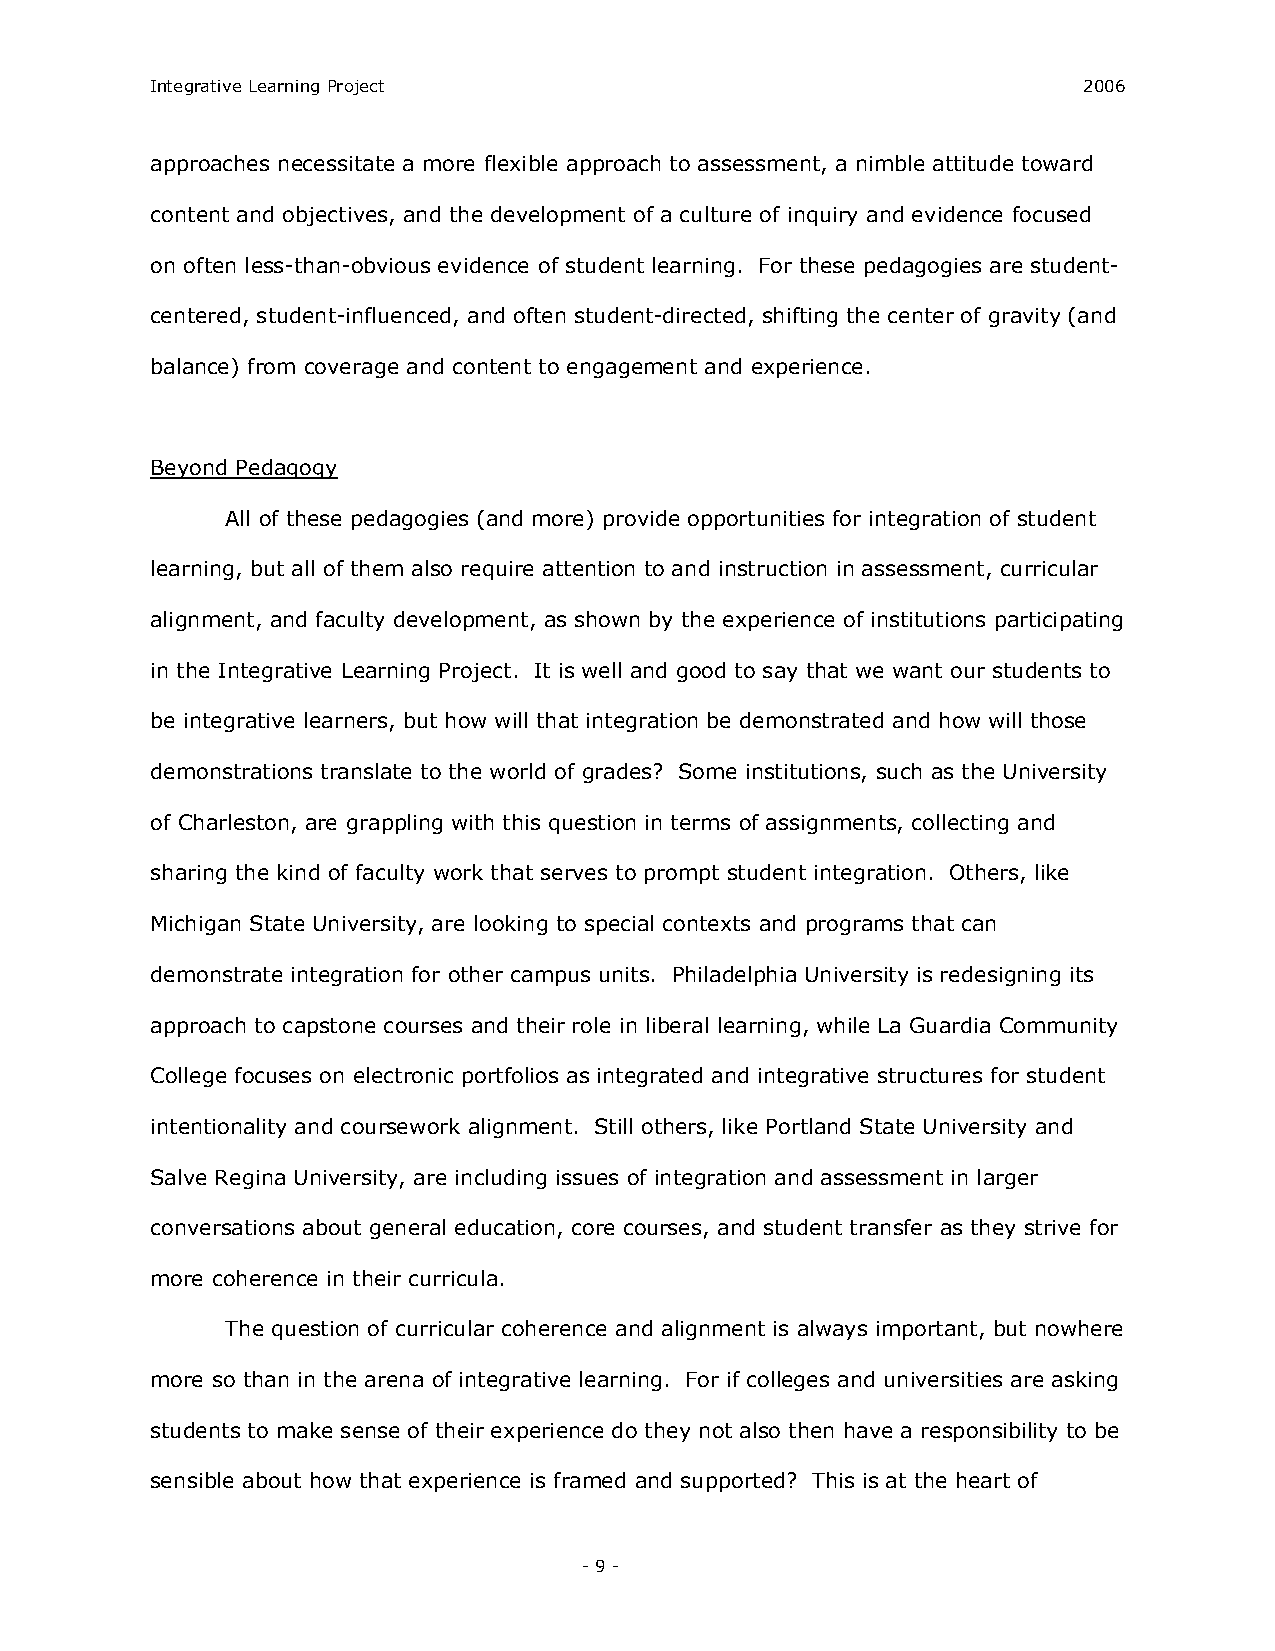
Integrative Learning Project                                  2006
 approaches necessitate a more flexible approach to assessment, a nimble attitude toward
 content and objectives, and the development of a culture of inquiry and evidence focused
 on often less­than­obvious evidence of student learning. For these pedagogies are student­
 centered, student­influenced, and often student­directed, shifting the center of gravity (and
 balance) from coverage and content to engagement and experience.
 Beyond Pedagogy
 All of these pedagogies (and more) provide opportunities for integration of student
 learning, but all of them also require attention to and instruction in assessment, curricular
 alignment, and faculty development, as shown by the experience of institutions participating
 in the Integrative Learning Project. It is well and good to say that we want our students to
 be integrative learners, but how will that integration be demonstrated and how will those
 demonstrations translate to the world of grades? Some institutions, such as the University
 of Charleston, are grappling with this question in terms of assignments, collecting and
 sharing the kind of faculty work that serves to prompt student integration. Others, like
 Michigan State University, are looking to special contexts and programs that can
 demonstrate integration for other campus units. Philadelphia University is redesigning its
 approach to capstone courses and their role in liberal learning, while La Guardia Community
 College focuses on electronic portfolios as integrated and integrative structures for student
 intentionality and coursework alignment. Still others, like Portland State University and
 Salve Regina University, are including issues of integration and assessment in larger
 conversations about general education, core courses, and student transfer as they strive for
 more coherence in their curricula.
 The question of curricular coherence and alignment is always important, but nowhere
 more so than in the arena of integrative learning. For if colleges and universities are asking
 students to make sense of their experience do they not also then have a responsibility to be
 sensible about how that experience is framed and supported? This is at the heart of
 ­ 9 ­